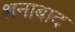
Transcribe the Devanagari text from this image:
शनाबाद